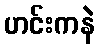
ဟင်းကနဲ